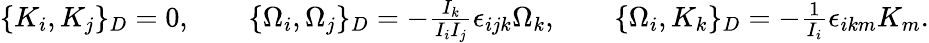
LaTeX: \begin{array}{r}{\{ K_{i},K_{j}\} _{D}=0,\qquad\{ \Omega_{i},\Omega_{j}\} _{D}=-\frac{I_{k}}{I_{i}I_{j}}\epsilon_{ijk}\Omega_{k},\qquad\{ \Omega_{i},K_{k}\} _{D}=-\frac{1}{I_{i}}\epsilon_{ikm}K_{m}.}\end{array}